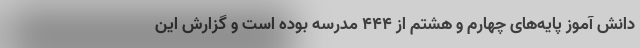
دانش آموز پایه‌های چهارم و هشتم از ۴۴۴ مدرسه بوده است و گزارش این